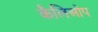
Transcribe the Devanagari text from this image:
कैलिओप